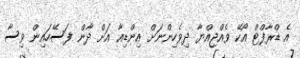
އެ ޑްރާފްޓް އޯކޭ ވެއްޖިއްޔާ ދިވެހިންނަށް އިންޑިއާ އަށް ދާން ފަސޭހައިން ވިސާ